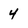
Character: 4